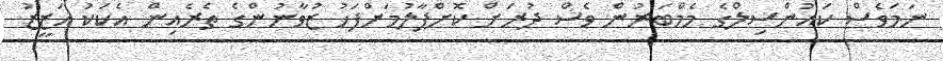
ނަމަވެސް ކައުންސިލްގެ މެމްބަރުން ވެސް ދުރަށް ކޮށްޕާލުމަށްފަހު ޒުވާނުންގެ ތެރެއިން އެކަކު އަޒީޒު